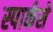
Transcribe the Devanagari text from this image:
स्पार्कसे